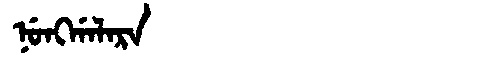
Manchu: ᠨᡠᠩᡤᠠᠯᠠᡵᠠ
Romanization: NUNGGALARA